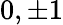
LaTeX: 0,\pm 1